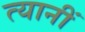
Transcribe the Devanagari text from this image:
त्यानीं